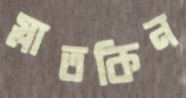
স্লাতকিন